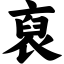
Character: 裒